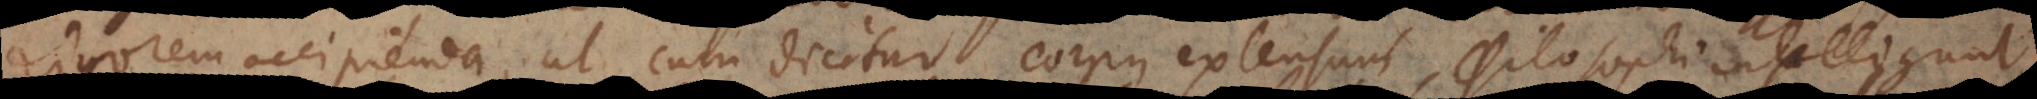
rigorem accipienda, ut cum dicitur corpus extensum, Philosophi intelligunt